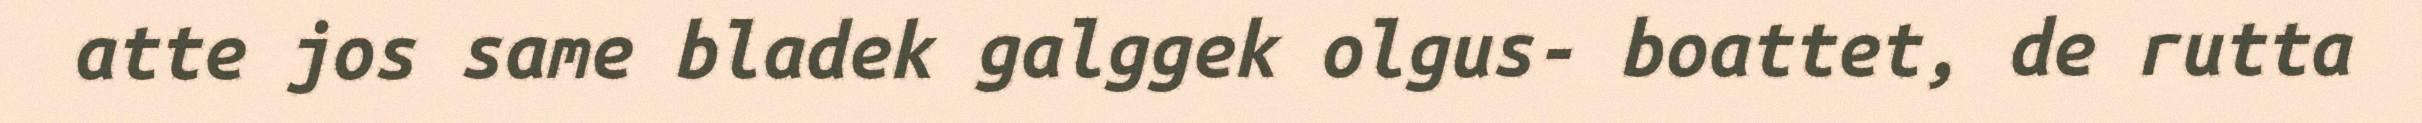
atte jos same bladek galggek olgus- boattet, de rutta